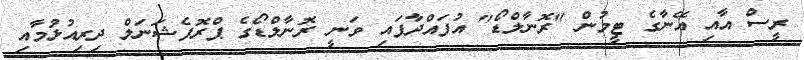
ރީސް އާއި އޭނާގެ ޓީމުން "ރޮނާލްޑޯ" އުފައްދާފައި ވަނީ ރޮނާލްޑޯގެ ޕްރޮފެޝަނަލް ދިރިއުޅުމާއި